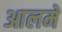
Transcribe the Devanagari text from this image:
आलमे